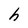
Character: h